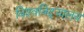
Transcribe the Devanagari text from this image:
विश्‍वविद्‍यालय